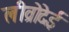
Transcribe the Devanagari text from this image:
लीव्रोदेई